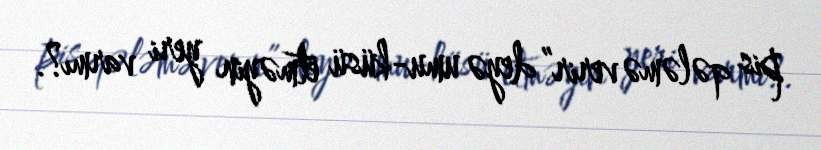
pis qələmə verir” deyə umu-küsü etməyin yeri varmı?.